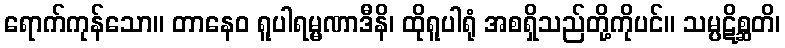
ရောက်ကုန်သော။ တာနေဝ ရူပါရမ္မဏာဒီနိ၊ ထိုရူပါရုံ အစရှိသည်တို့ကိုပင်။ သမ္ပဋိစ္ဆတိ၊